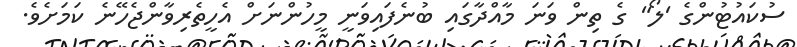
ސުކައުޓުންގެ 'ލޯ" ގެ ތިން ވަނަ މާއްދާގައި ބުނެފައިވަނީ މީހުންނަށް އެހީތެރިވާންޖެހޭނެ ކަމަށެވެ.